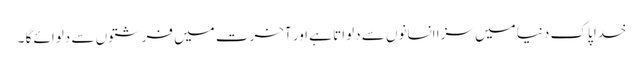
خدا پاک دنیا میں سزا انسانوں سے دلواتا ہے اور آخرت میں فرشتوں سے دلوائے گا ۔